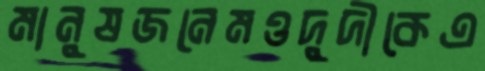
মানুষজনেমওদুদীকেএ